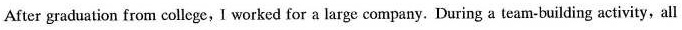
After graduation from college, I worked for a large company. During a team-building activity, all